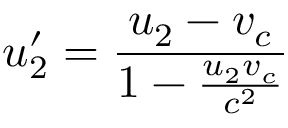
u _ { 2 } ^ { \prime } = { \frac { u _ { 2 } - v _ { c } } { 1 - { \frac { u _ { 2 } v _ { c } } { c ^ { 2 } } } } }